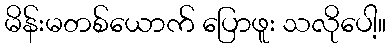
မိန်းမတစ်ယောက် ပြောဖူး သလိုပေါ့။